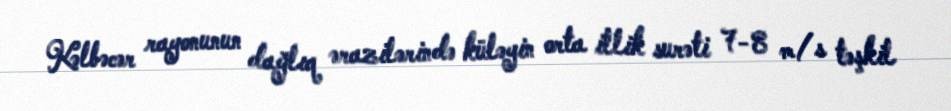
Kəlbəcər rayonunun dağlıq ərazilərində küləyin orta illik surəti 7-8 m/s təşkil